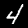
Digit: 4